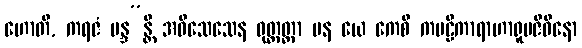
ဟောတိ, ကရဇံ မန္ဒ”န္တိ အဝိသေသေန ဝုတ္တတ္တာ ပန ယေ ကေစိ ကဗဠီကာရာဟာရူပဇီဝိနော